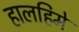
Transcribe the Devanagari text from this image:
हालहिमे